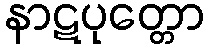
နာဋပုတ္တော